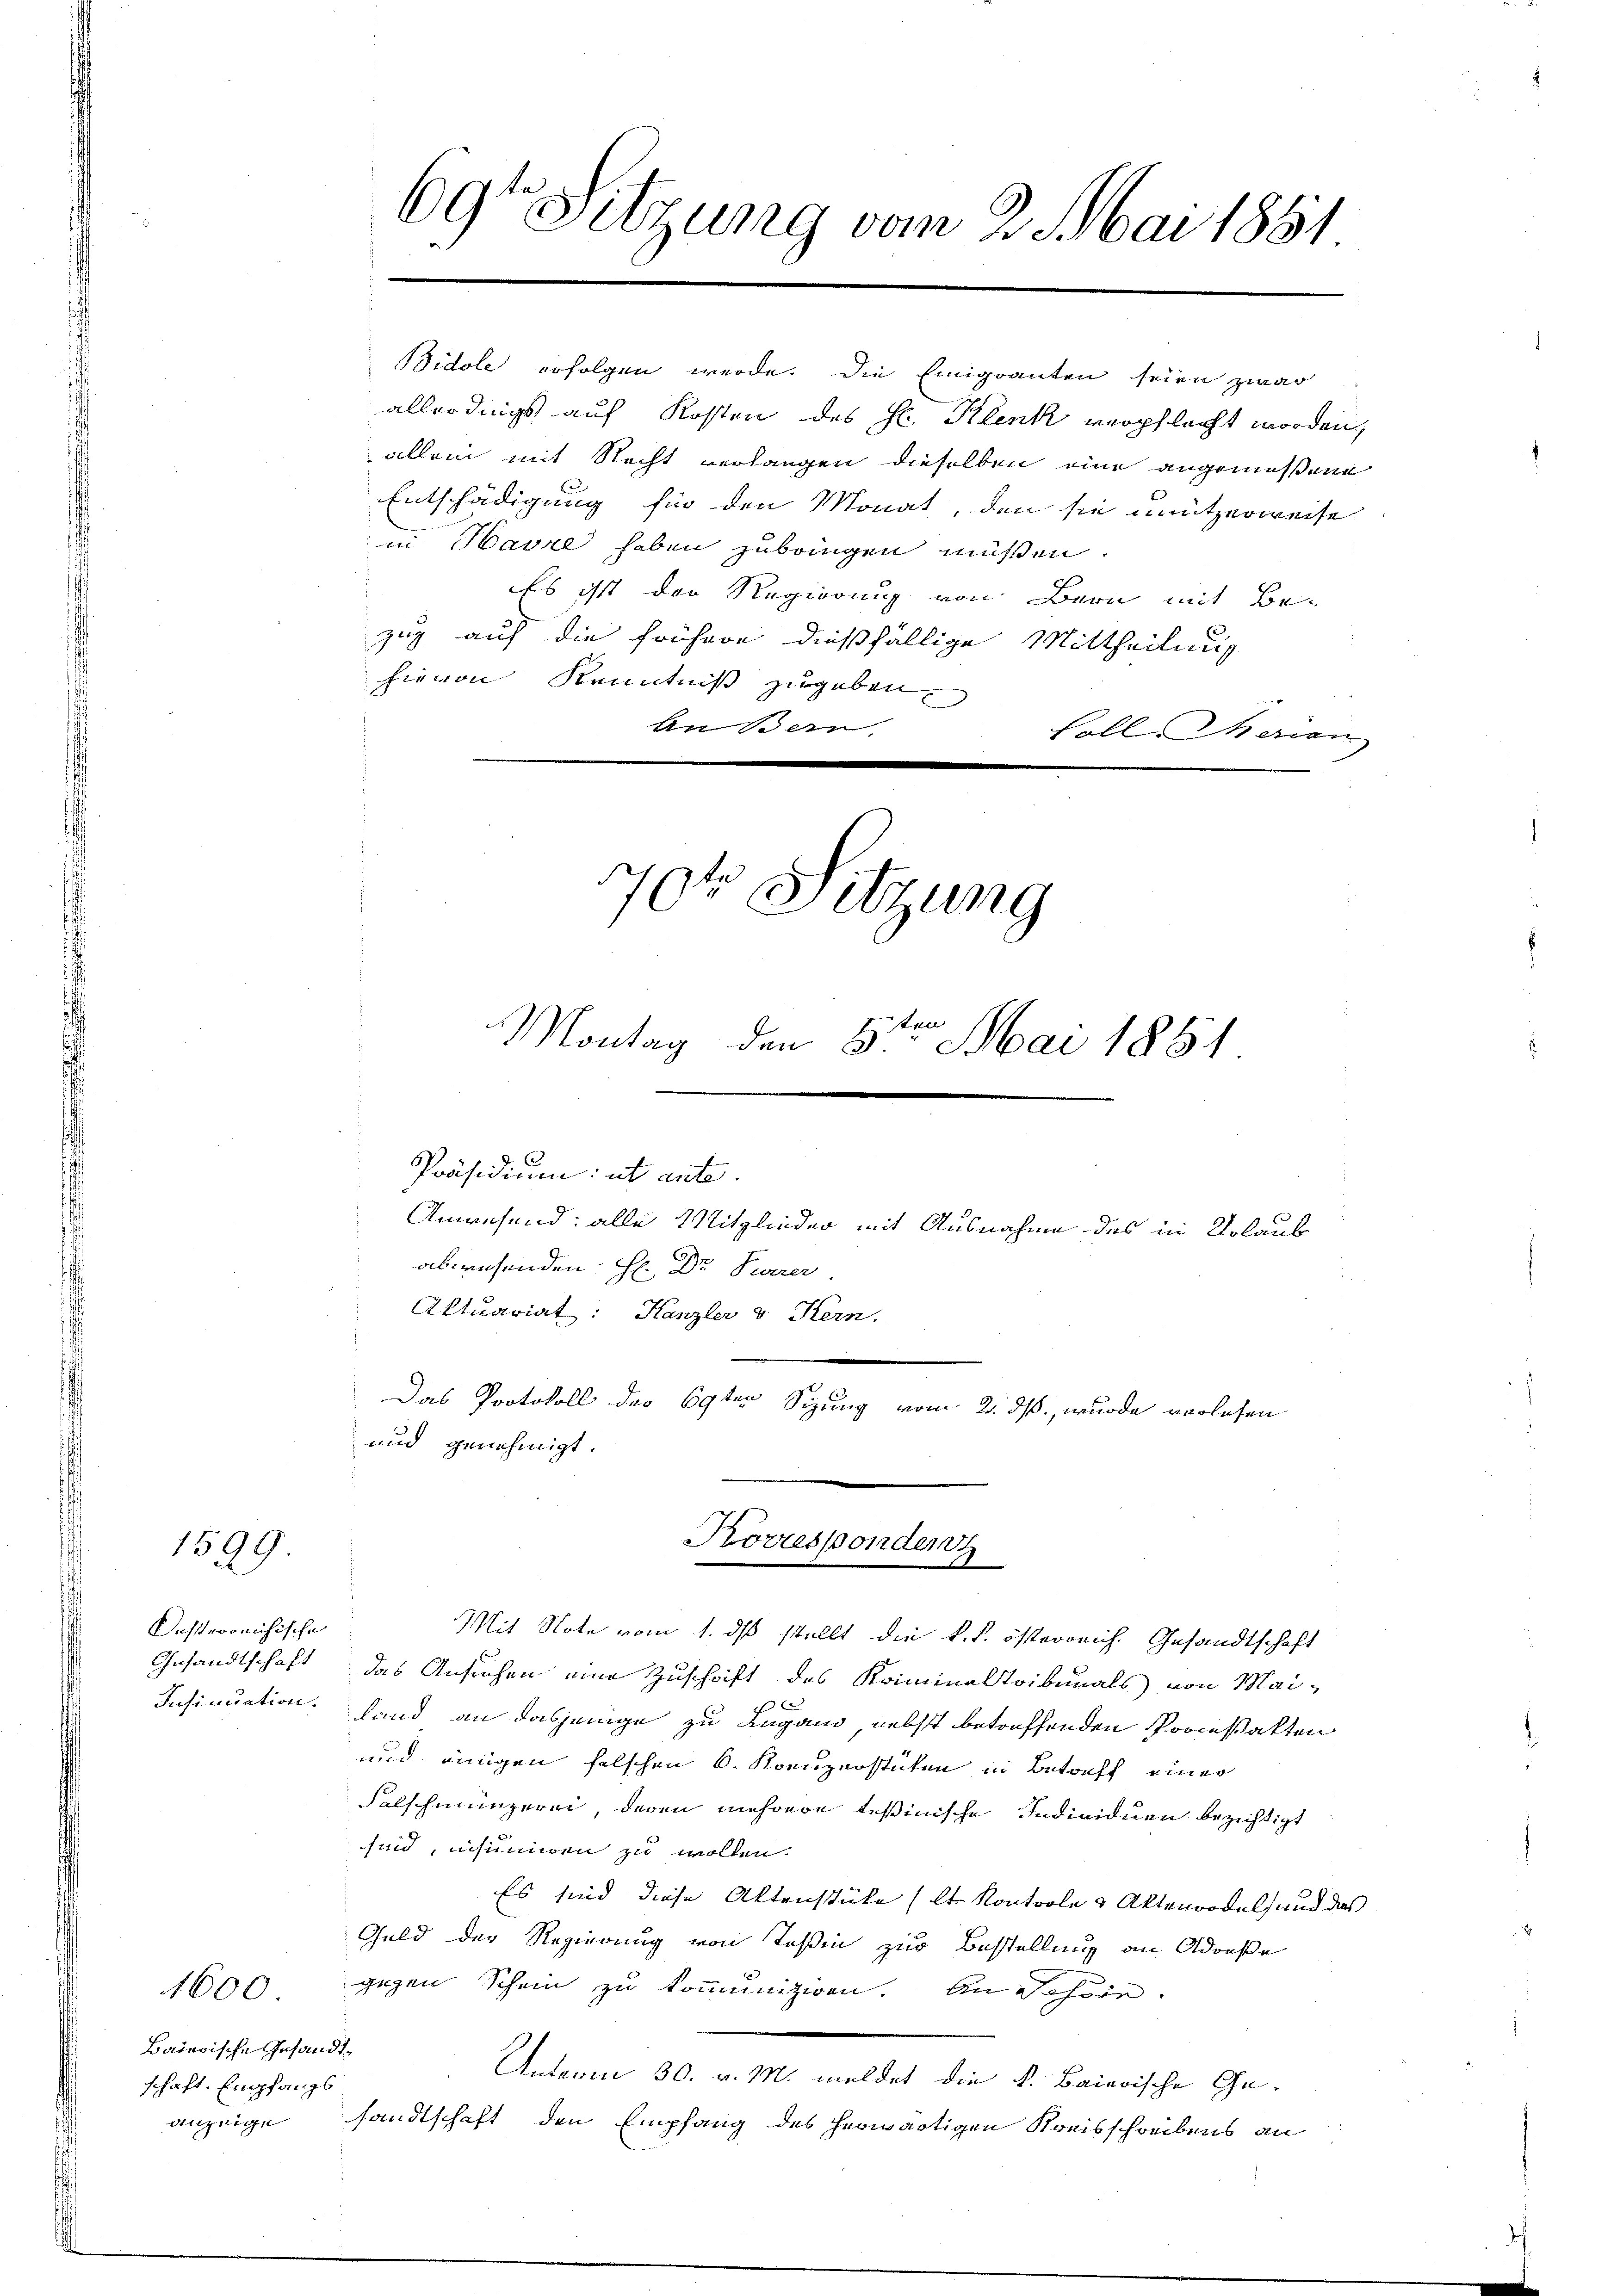
1599

Uessvereichische
Gesandtschaft
Insinuation.

1600

Baierische Insanschaft. Empfangs
anzeige

60
Sitzung vom 2. Mai 1851.

Bidole erfolgen werde. Die Einigranten seien zwar
allerdings auf Kosten des Hr. Klenk verpflicht worden,
allein mit Recht verlangen dieselben eine angemessene
Entschädigung für den Monat, den sie unützerweise
in Havre haben zubringen müßen.
Es ist der Regierung von Bern mit Bezug auf die frühere dießfällige Mittheilung
hievon Kenntniß zugeben.
An Bern.
Soll Marien

Präsidium: ut ante.
Anwesend: alle Mitglieder mit Ausnahme des in Urlaub
abwesenden H. Dr. Parer
Aktuariat: Kanzler v Kern.
Das Protokoll der 69ten Sizung vom 2. ds., wurde vorlesen
und genehmigt.

704 Sitzung

Montag den 5te͇n Mai 1881

Korresponder

Mit Note vom 1. ds stellt die k. k. österreich. Gesandtschaft
das Ansuchen eine Zuschrift des Kriminaltribunals von Mai-
4 x
fand an dasjenige zu Lugand nebst betreffenden Procesatten
und einigen felschen 6. Kompenstäten in Betreff einer
Falschmanzerei, deren mehrere Teßinische Individuen bezichtigt
sind, insummen zu wollen.
Es sind diese Aktenstüke (lt. Kontrole & Aktenrodel und das
Geld der Regierung von Teßin zur Bestellung an Adrese
gegen Schein zu kommuniziren. An schön.
2.
Unterm 30. v. M. meldet die k. Baierische Gesandtschaft den Empfang des herwärtigen Kreisschreibens an